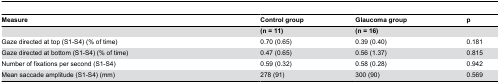
<table><thead><tr><td><b>Measure</b></td><td><b>Control group</b></td><td><b>Glaucoma group</b></td><td><b>p</b></td></tr></thead><tbody><tr><td></td><td><b>(n = 11)</b></td><td><b>(n = 16)</b></td><td></td></tr><tr><td>Gaze directed at top (S1-S4) (% of time) </td><td>0.70 (0.65)</td><td>0.39 (0.40)</td><td>0.181</td></tr><tr><td>Gaze directed at bottom (S1-S4) (% of time)</td><td>0.47 (0.65)</td><td>0.56 (1.37)</td><td>0.815</td></tr><tr><td>Number of fixations per second (S1-S4)</td><td>0.59 (0.32)</td><td>0.58 (0.28)</td><td>0.942</td></tr><tr><td>Mean saccade amplitude (S1-S4) (mm)</td><td>278 (91)</td><td>300 (90)</td><td>0.569</td></tr></tbody></table>